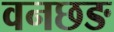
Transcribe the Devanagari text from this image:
वनछङ